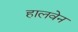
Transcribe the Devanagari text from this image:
हालवेन